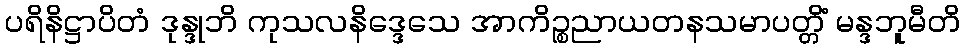
ပရိနိဋ္ဌာပိတံ ဒုန္ဒုဘိ ကုသလနိဒ္ဒေသေ အာကိဉ္စညာယတနသမာပတ္တိံ မန္ဒဘူမီတိ